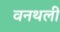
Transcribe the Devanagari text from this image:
वनथली